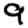
Digit: 9